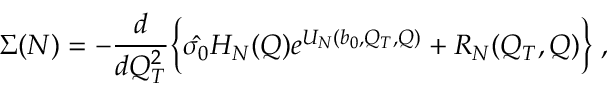
\Sigma ( N ) = - { \frac { d } { d Q _ { T } ^ { 2 } } } \Bigl \{ \hat { \sigma _ { 0 } } H _ { N } ( Q ) e ^ { { \cal U } _ { N } ( b _ { 0 } , Q _ { T } , Q ) } + { \cal R } _ { N } ( Q _ { T } , Q ) \Bigr \} \; ,